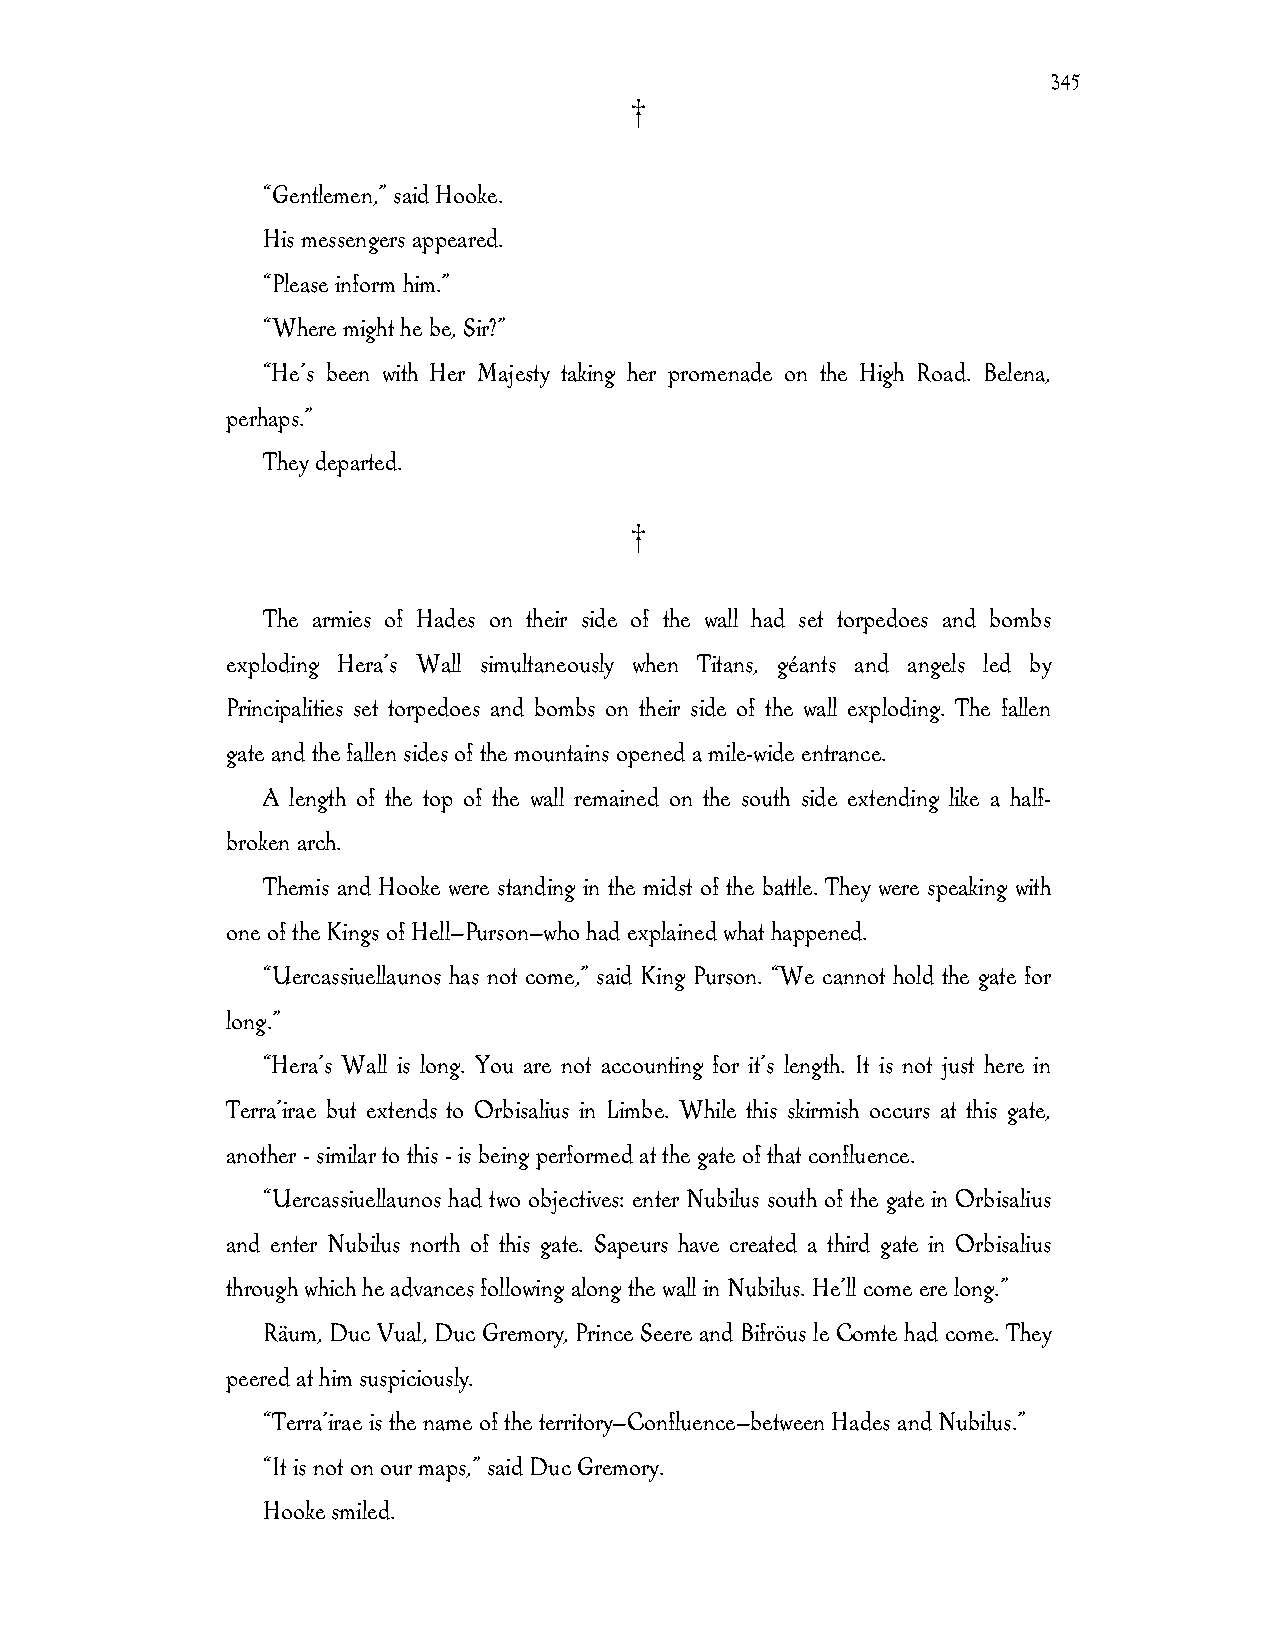
345
 †
 “Gentlemen,” said Hooke.
 His messengers appeared.
 “Please inform him.”
 “Where might he be, Sir?”
 “He’s been with Her Majesty taking her promenade on the High Road. Belena,
 perhaps.”
 They departed.
 †
 The armies of Hades on their side of the wall had set torpedoes and bombs
 exploding Hera’s Wall simultaneously when Titans, géants and angels led by
 Principalities set torpedoes and bombs on their side of the wall exploding. The fallen
 gate and the fallen sides of the mountains opened a mile-wide entrance.
 A length of the top of the wall remained on the south side extending like a half-
 broken arch.
 Themis and Hooke were standing in the midst of the battle. They were speaking with
 one of the Kings of Hell—Purson—who had explained what happened.
 “Uercassiuellaunos has not come,” said King Purson. “We cannot hold the gate for
 long.”
 “Hera’s Wall is long. You are not accounting for it’s length. It is not just here in
 Terra’irae but extends to Orbisalius in Limbe. While this skirmish occurs at this gate,
 another - similar to this - is being performed at the gate of that confluence.
 “Uercassiuellaunos had two objectives: enter Nubilus south of the gate in Orbisalius
 and enter Nubilus north of this gate. Sapeurs have created a third gate in Orbisalius
 through which he advances following along the wall in Nubilus. He’ll come ere long.”
 Räum, Duc Vual, Duc Gremory, Prince Seere and Bifröus le Comte had come. They
 peered at him suspiciously.
 “Terra’irae is the name of the territory—Confluence—between Hades and Nubilus.”
 “It is not on our maps,” said Duc Gremory.
 Hooke smiled.